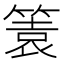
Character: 𥰟